Materia medica of Madras volume I
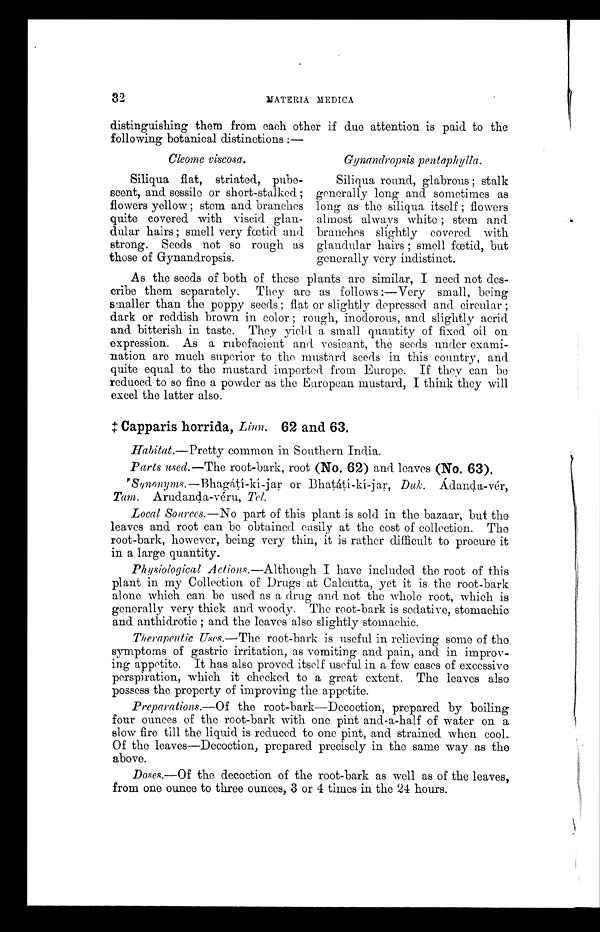
32
MATERIA MEDICA
distinguishing them from each other if due attention is paid to the
following botanical distinctions :—
Cleome viscosa.
Siliqua flat, striated, pube-
scent, and sessile or short-stalked ;
flowers yellow ; stem and branches
quite covered with viscid glan-
dular hairs ; smell very fœtid and
strong. Seeds not so rough as
those of Gynandropsis.
Gynandropsis pentaphylla.
Siliqua round, glabrous ; stalk
generally long and sometimes as
long as the siliqua itself ; flowers
almost always white ; stem and
branches slightly covered with
glandular hairs ; smell fœtid, but
generally very indistinct.
As the seeds of both of these plants are similar, I need not des-
cribe them separately. They are as follows :—Very small, being
smaller than the poppy seeds ; flat or slightly depressed and circular ;
dark or reddish brown in color ; rough, inodorous, and slightly acrid
and bitterish in taste. They yield a small quantity of fixed oil on
expression. As a rubefacient and vesicant, the seeds under exami-
nation are much superior to the mustard seeds in this country, and
quite equal to the mustard imported from Europe. If they can be
reduced to so fine a powder as the European mustard, I think they will
excel the latter also.
‡ C a p p a r i s h o r r i d a ,
L i n n .
6 2 a n d 6 3 .
Habitat.—Pretty common in Southern India.
Parts used.—The root-bark, root (No. 62) and leaves (No. 63).
Synonyms.—Bhagátí-kí-jar or Bhatáti-kí-jar, Duk. Ádanda-vér,
Tam. Arudanda-véru, Tel.
Local Sources.—No part of this plant is sold in the bazaar, but the
leaves and root can be obtained easily at the cost of collection. The
root-bark, however, being very thin, it is rather difficult to procure it
in a large quantity.
Physiological Actions.—Although I have included the root of this
plant in my Collection of Drugs at Calcutta, yet it is the root-bark
alone which can be used as a drug and not the whole root, which is
generally very thick and woody. The root-bark is sedative, stomachic
and anthidrotic ; and the leaves also slightly stomachic.
Therapeutic Uses.—The root-bark is useful in relieving some of the
symptoms of gastric irritation, as vomiting and pain, and in improv-
ing appetite. It has also proved itself useful in a few cases of excessive
perspiration, which it checked to a great extent. The leaves also
possess the property of improving the appetite.
Preparations.—Of the root-bark—Decoction, prepared by boiling
four ounces of the root-bark with one pint and-a-half of water on a
slow fire till the liquid is reduced to one pint, and strained when cool.
Of the leaves—Decoction, prepared precisely in the same way as the
above.
Doses.—Of the decoction of the root-bark as well as of the leaves,
from one ounce to three ounces, 3 or 4 times in the 24 hours.